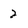
Character: 2